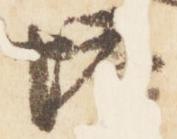
塔